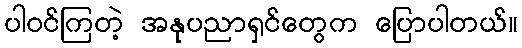
ပါဝင်ကြတဲ့ အနုပညာရှင်တွေက ပြောပါတယ်။